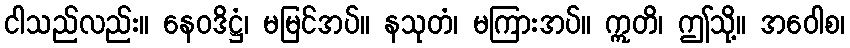
ငါသည်လည်း။ နေဝဒိဋ္ဌံ၊ မမြင်အပ်။ နသုတံ၊ မကြားအပ်။ ဣတိ၊ ဤသို့။ အဝေါစ၊